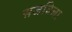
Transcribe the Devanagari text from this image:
सजविला